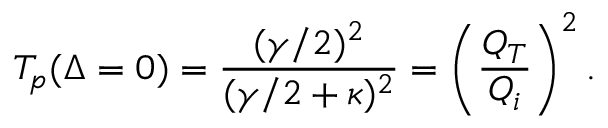
T _ { p } ( \Delta = 0 ) = \frac { ( \gamma / 2 ) ^ { 2 } } { ( \gamma / 2 + \kappa ) ^ { 2 } } = \left( \frac { Q _ { T } } { Q _ { i } } \right) ^ { 2 } .